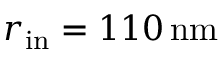
r _ { \mathrm { i n } } = 1 1 0 \, \mathrm { n m }